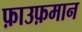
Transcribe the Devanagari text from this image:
फ़ाउफ़मान